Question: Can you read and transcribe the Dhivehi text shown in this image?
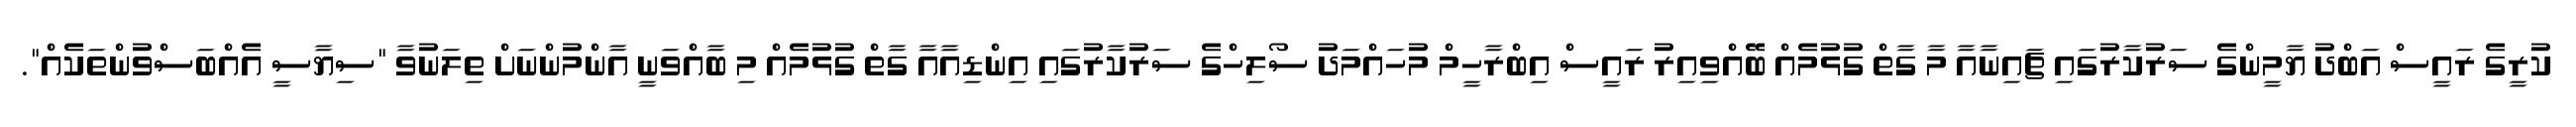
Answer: ކުރީގެ ރައީސް އަބްދު ޔާމީންގެ ސަރުކާރުގައި ޗައިނާއާ މާ ގާތް ގުޅުމެއް ބޭއްވިއިރު ރައީސް އިބްރާހީމް މުހައްމަދު ސޯލިހްގެ ސަރުކާރުގައި އިންޑިއާއާ ގާތް ގުޅުމެއް މި ބާއްވަނީ އާންމުންނަށް ތިލަނުވާ "ސިޔާސީ އެއްބަސްވުންތަކެއް".